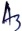
Text: A3